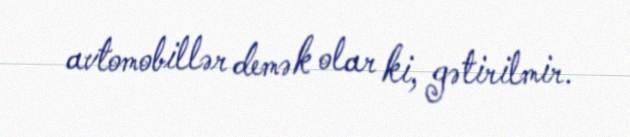
avtomobillər demək olar ki, gətirilmir.